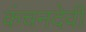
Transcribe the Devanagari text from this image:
कंचनदेवी